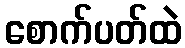
စောက်ပတ်ထဲ